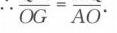
\(\overline{OG}=\overline{AO}\)